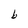
Character: b